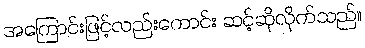
အကြောင်းဖြင့်လည်းကောင်း ဆင့်ဆိုလိုက်သည်။